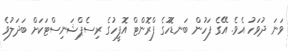
ވަނަ ދުވަހު އެވެ. އޭގެ ފަހުން ބަނޑޮހުގެ ފްރޮންޓް އޮފީހުގެ ރިސެޕްޝަނިސްޓަކަށް ބަދަލުވެ